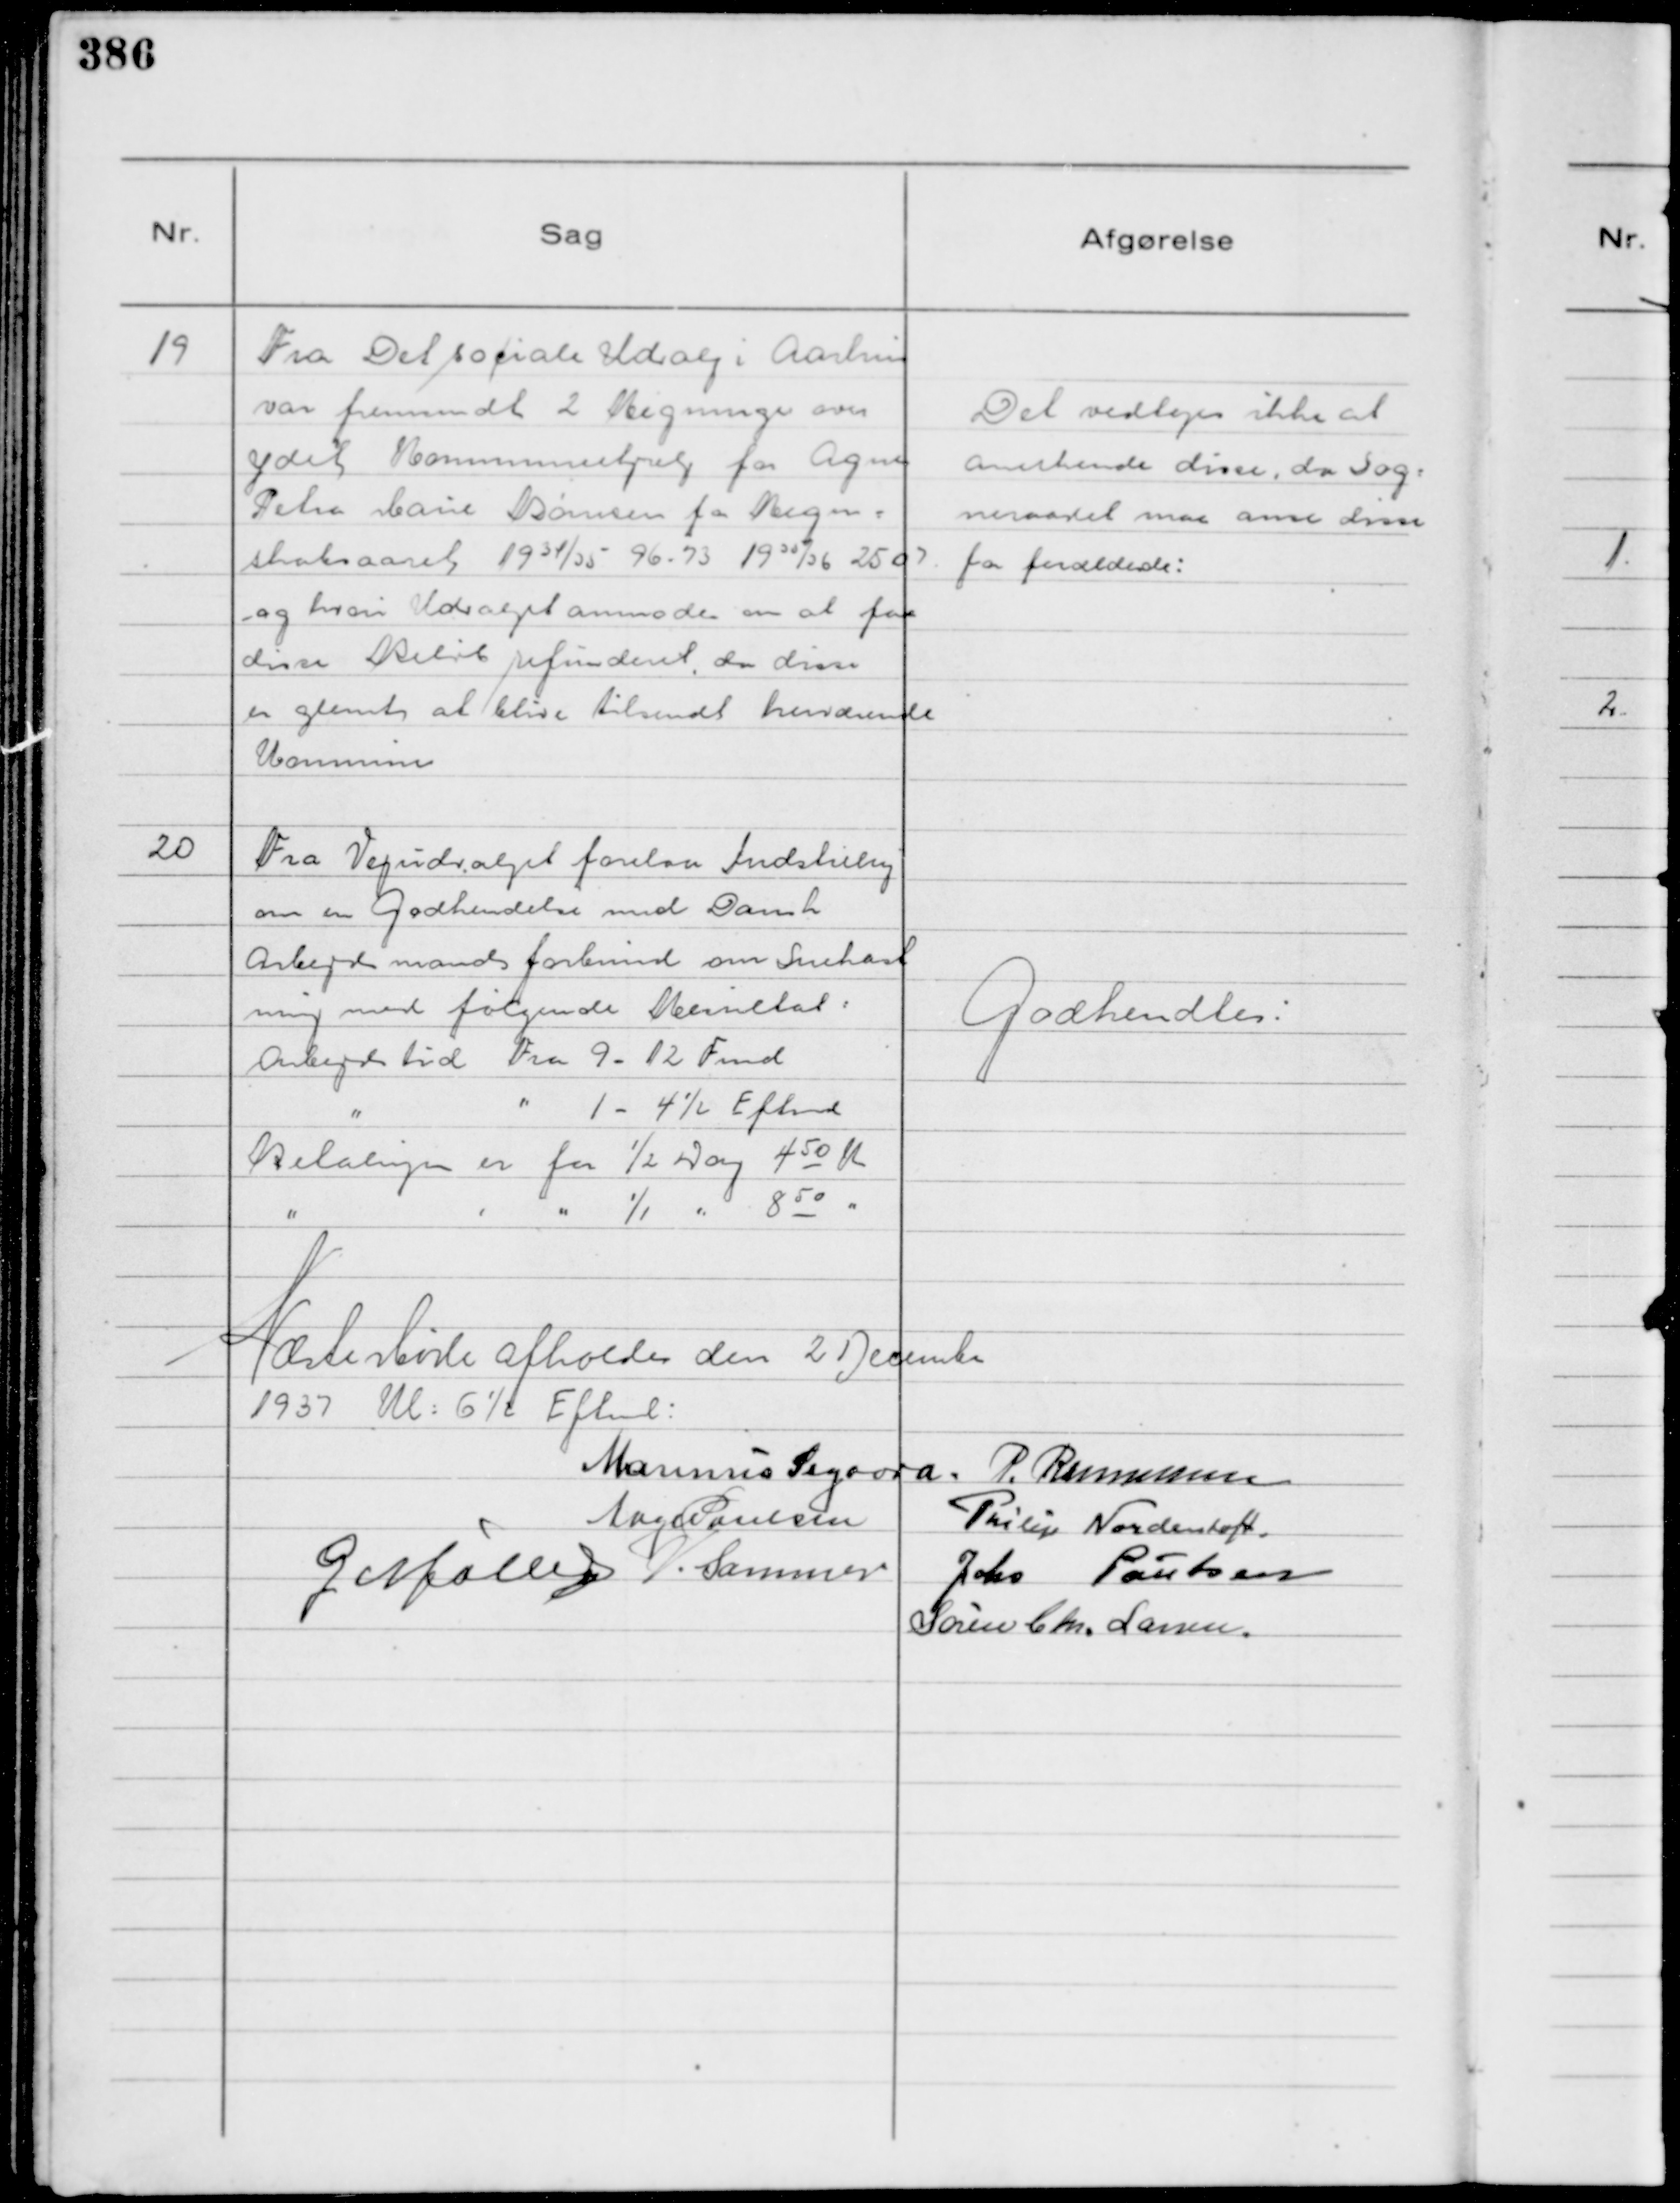
Transskription:
19
Fra Det sociale Udvalg i Aarhus
var fremsendt 2 Regninger over
ydet Kommunehjælp for Agnes
Petra Marie Børnsen for Regn=
skabsaaret 1934/35   96-73   1935/36    2507
og hvori Udvalget anmodes om at faa
disse Beløb refunderet, da disse
er glemt at blive tilsendt herværende
Kommue

Det vedtoges ikke at
anerkende disse, da Sog=
neraadet maa anse disse
for forældede:

20
Fra Vejudvalget forelaa Indstilling
om en Godkendelse med Dansk
Arbejdsmandsforbund om Snekast
ning med følgende Resultat:
Arbejdstid Fra 9 - 12 Fmd
" " 1 - 4½ Eftmd
Betalingen er for ½ Dag 4 50 K
" " "

1/1 " 8 50 "

Godkendtes:

Næste Møde afholdes den 2 December
1937 Kl: 6½ Eftmd:

Marinus Sigaard.
P. Rasmussen
Aage Poulsen
Philip Nordentoft.
G Møller
V. Sommer
Johs Poulsen
Søren Chr. Larsen